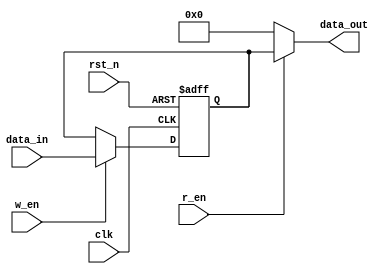
`timescale 1ns/100ps
module fifo1 #(parameter WIDTH = 17)(
	input  clk,
	input  rst_n,
	input  w_en,
	input  r_en,
	input  [WIDTH-1:0] data_in,
	output [WIDTH-1:0] data_out
);

reg [WIDTH-1:0] mem;

always @(posedge clk or negedge rst_n)
begin
  if(!rst_n)
  begin
    mem <= 17'b0;
  end
  else
  begin 
    if(w_en)    
      mem <= data_in;
    else
      ;
  end
end

assign data_out = r_en ? mem : 17'b0;

endmodule